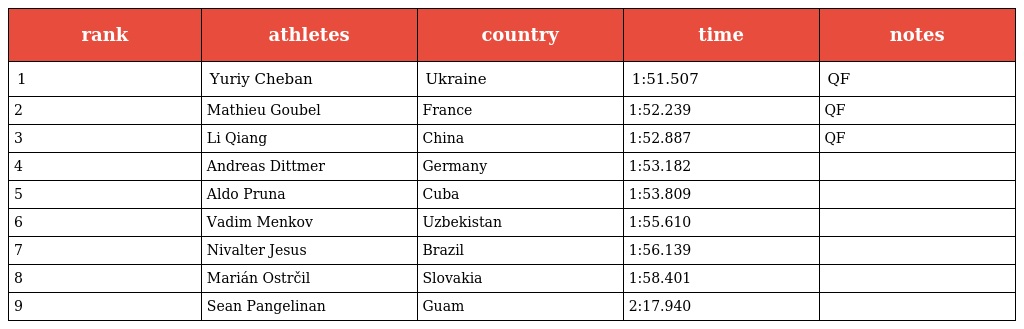
| rank | athletes | country | time | notes |
 | --- | --- | --- | --- | --- |
 | 1 | Yuriy Cheban | Ukraine | 1:51.507 | QF |
 | 2 | Mathieu Goubel | France | 1:52.239 | QF |
 | 3 | Li Qiang | China | 1:52.887 | QF |
 | 4 | Andreas Dittmer | Germany | 1:53.182 |  |
 | 5 | Aldo Pruna | Cuba | 1:53.809 |  |
 | 6 | Vadim Menkov | Uzbekistan | 1:55.610 |  |
 | 7 | Nivalter Jesus | Brazil | 1:56.139 |  |
 | 8 | Marián Ostrčil | Slovakia | 1:58.401 |  |
 | 9 | Sean Pangelinan | Guam | 2:17.940 |  |